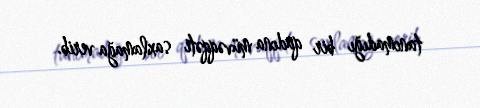
tanımadığı bir qadına müvəqqəti saxlamağa verib.